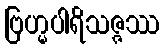
ဗြဟ္မပါရိသဇ္ဇဿ